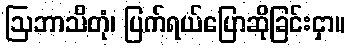
ဩဘာသိတုံ၊ ပြက်ရယ်ပြောဆိုခြင်းငှာ။